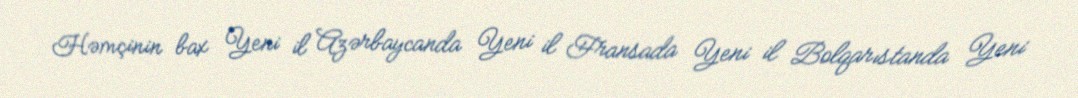
Həmçinin bax Yeni il Azərbaycanda Yeni il Fransada Yeni il Bolqarıstanda Yeni